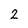
Character: 2